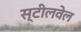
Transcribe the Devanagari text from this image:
स्टीलवेल